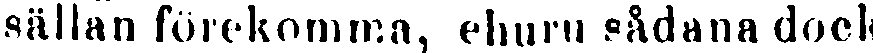
Sällan förekomma, ehuru sådana dock